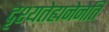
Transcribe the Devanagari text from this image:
दृश्यतेह्यनेनेति